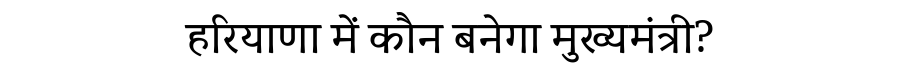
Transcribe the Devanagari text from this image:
हरियाणा में कौन बनेगा मुख्यमंत्री?